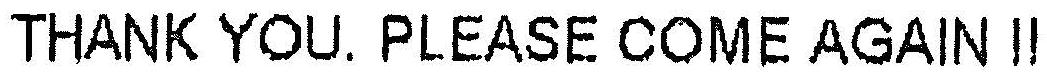
THANK YOU. PLEASE COME AGAIN !!